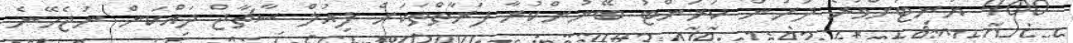
400 ޔުނިޓަށްވުރެ ދަށުން ކަރަންޓު ބޭނުންކުރާ ފަރާތްތަކަށް ފިއުލް ސާޗާޖް ދައްކަން ނުޖެހޭނެ